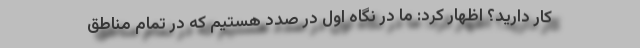
کار دارید؟ اظهار کرد: ما در نگاه اول در صدد هستیم که در تمام مناطق